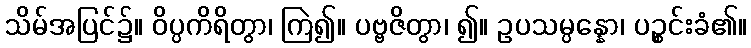
သိမ်အပြင်၌။ ဝိပ္ပကိရိတွာ၊ ကြဲ၍။ ပဗ္ဗဇိတွာ၊ ၍။ ဥပသမ္ပန္နော၊ ပဉ္စင်းခံ၏။